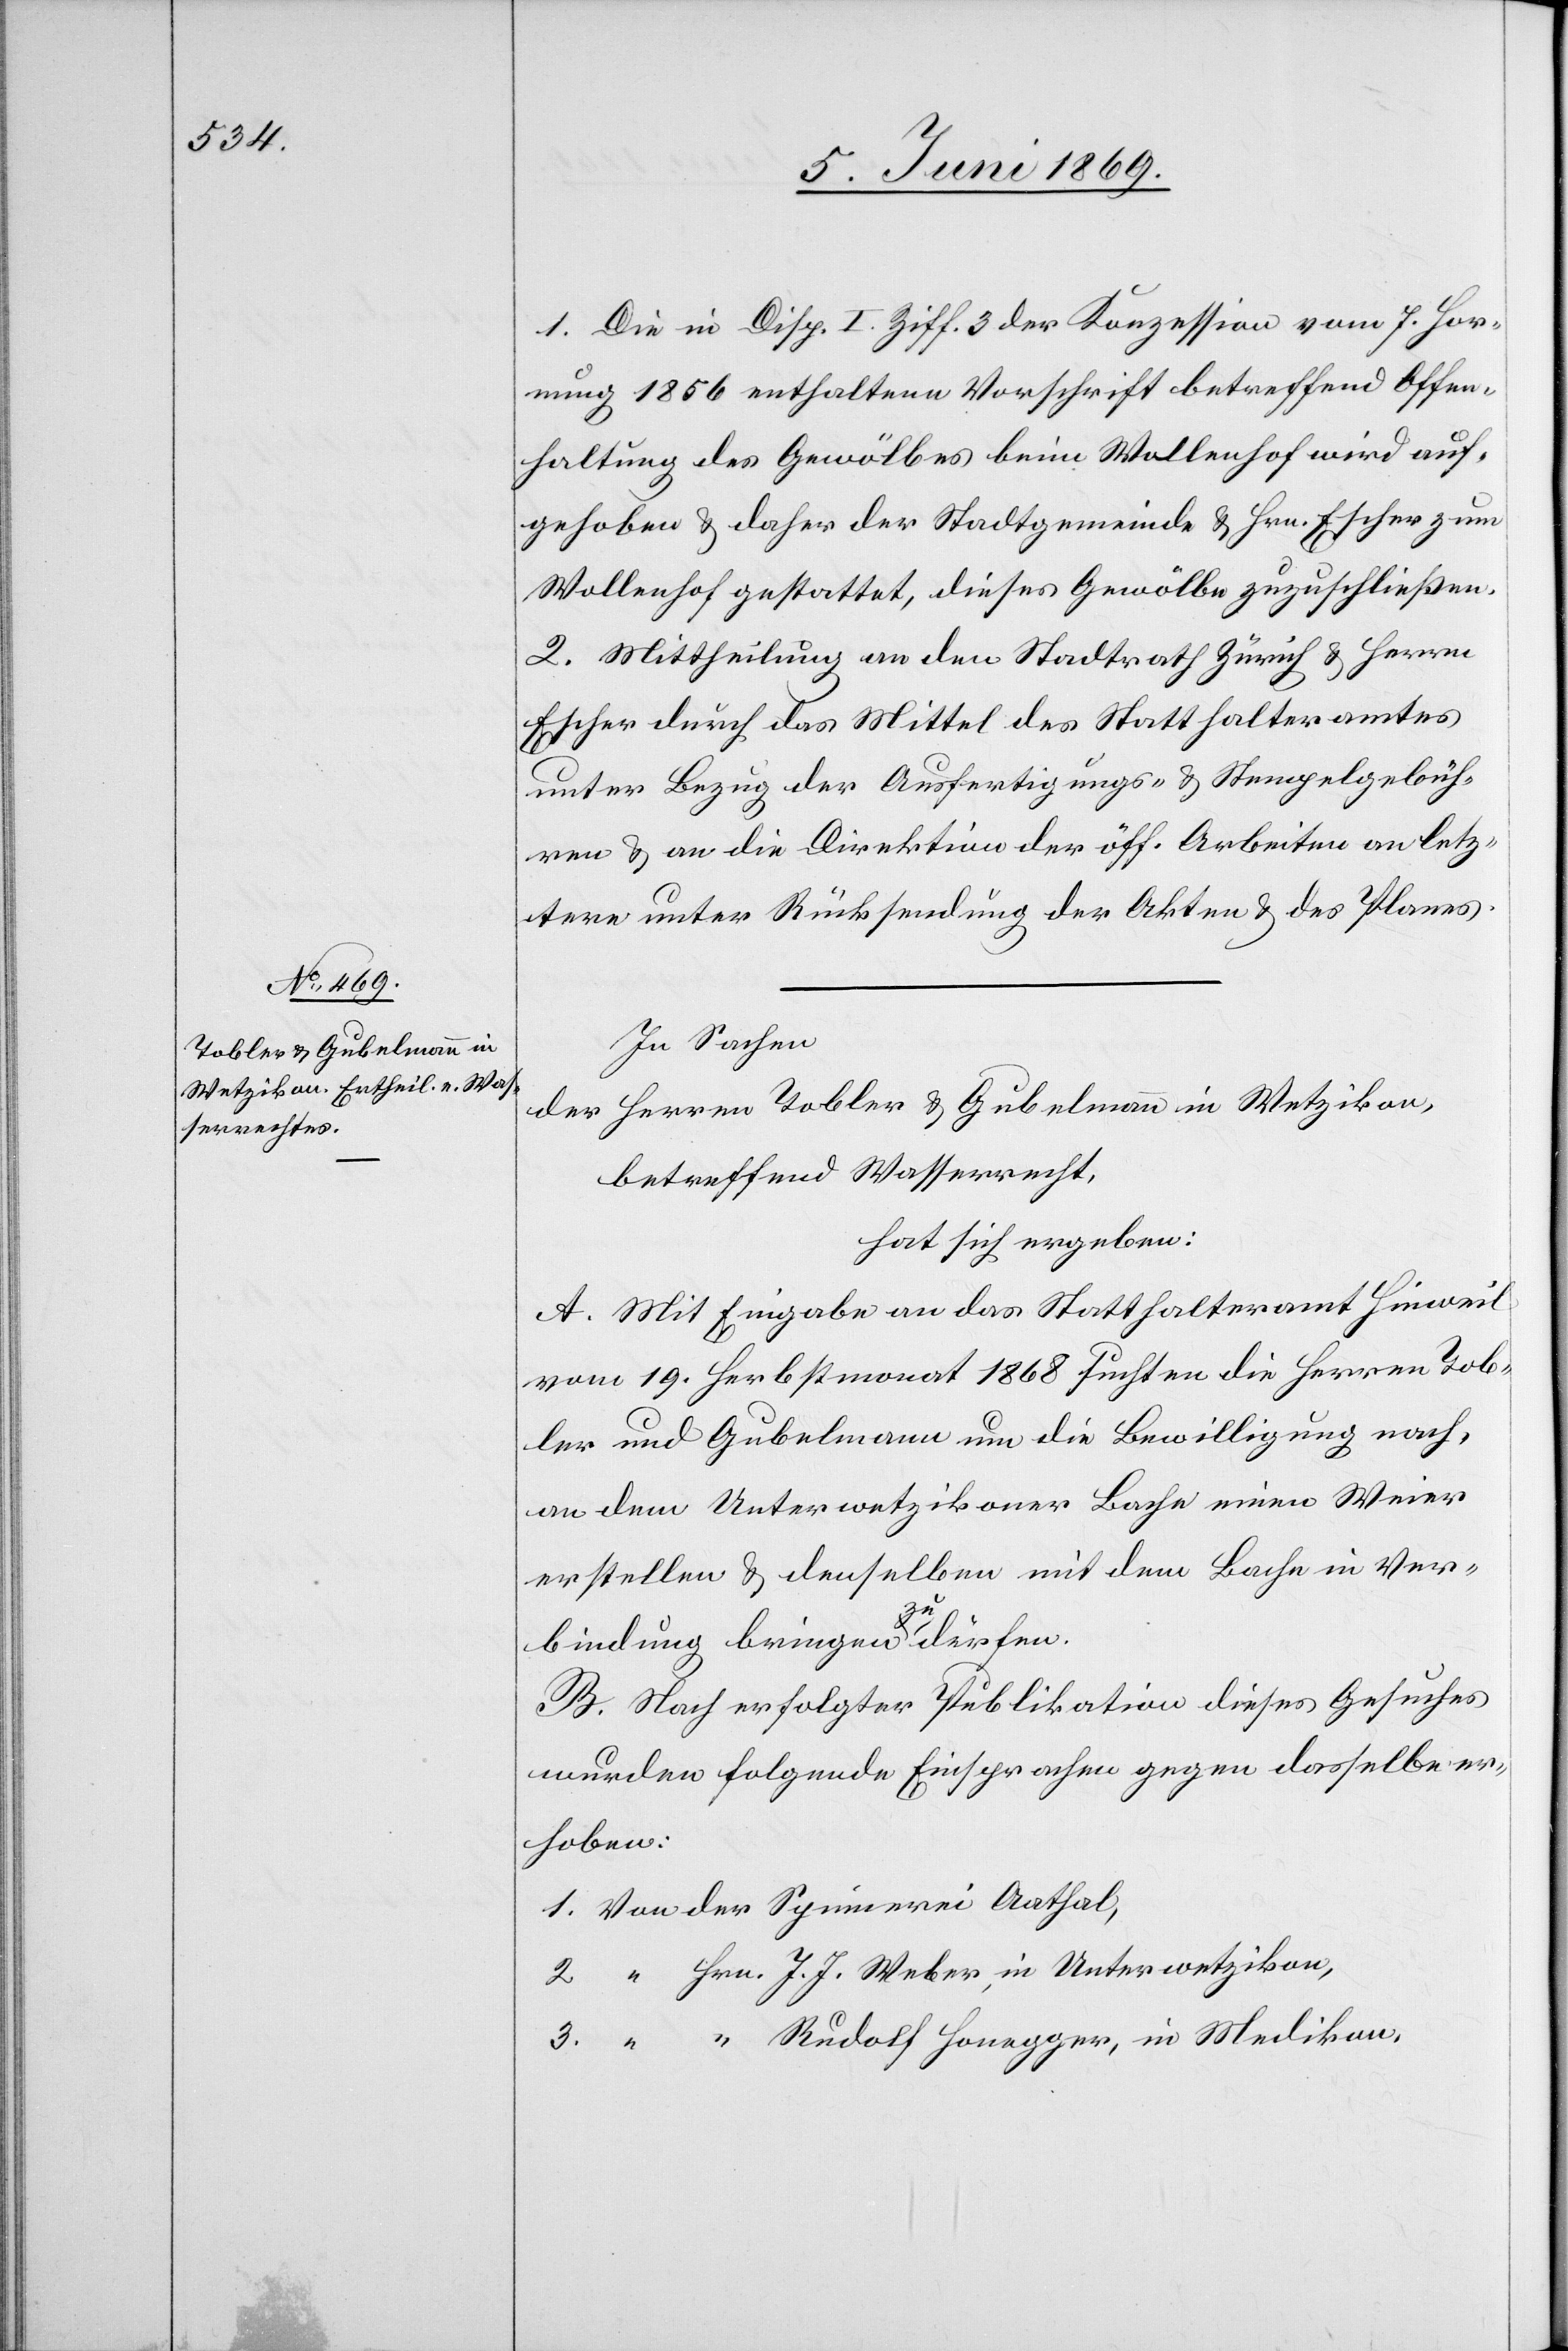
1. Die in Disp. I Ziff. 3 der Konzession vom 7 Hor¬
nung 1856 enthaltenen Vorschrift betreffend Offen¬
haltung des Gewölbes beim Wollenhof wird auf¬
gehoben u. daher der Stadtgemeinde u. Hrn. Escher zum
Wollenhof gestattet, dieses Gewölbe zuzuschließen.
2. Mittheilung an den Stadtrath Zürich u. Herrn
Escher durch das Mittel des Statthalteramtes
unter Bezug der Ausfertigungs- u. Stempelgebüh¬
ren u. an die Direktion der öff. Arbeiten an letz¬
tere unter Rücksendung der Akten u. des Planes.
In Sachen
der Herren Tobler u. Gubelmann in Wetzikon,
betreffend Wasserrecht,
hat sich ergeben:
A. Mit Eingabe an das Statthalteramt Hinweil
vom 19 Herbstmonat 1868 suchten die Herren Tob¬
ler und Gubelmann um die Bewilligung nach,
an dem Unterwetzikoner Bache einen Weier
erstellen u. denselben mit dem Bache in Ver¬
bindung bringen zu dürfen.
B. Nach erfolgter Publikation dieses Gesuches
wurden folgende Einsprachen gegen dasselbe er¬
hoben:
1. Von der Spinnerei Aathal,
2. “		Hrn. J. J. Weber, in Unterwetzikon,
3. “		“	 Rudolf Honegger, in Medikon,